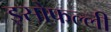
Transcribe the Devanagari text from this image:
इसोफल्ली